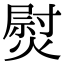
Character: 熨